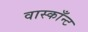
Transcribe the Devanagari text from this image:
वास्काँन्ट